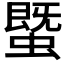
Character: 𧐆